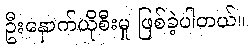
ဦးနှောက်ယိုစီးမှု ဖြစ်ခဲ့ပါတယ်။